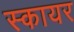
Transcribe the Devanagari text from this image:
स्कायर